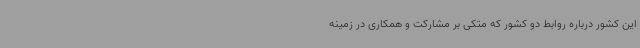
این کشور درباره روابط دو کشور که متکی بر مشارکت و همکاری در زمینه